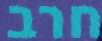
חרב